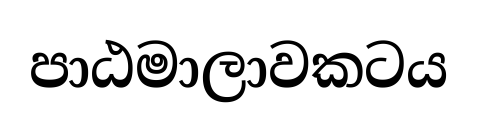
පාඨමාලාවකටය